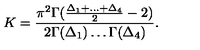
K = \frac { \pi ^ { 2 } \Gamma ( \frac { \Delta _ { 1 } + \ldots + \Delta _ { 4 } } { 2 } - 2 ) } { 2 \Gamma ( \Delta _ { 1 } ) \ldots \Gamma ( \Delta _ { 4 } ) } .